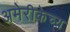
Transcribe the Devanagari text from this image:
अमेरीकेच्य